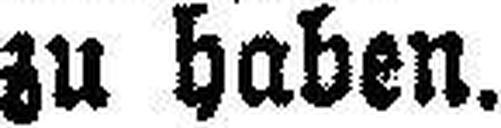
zu haben.